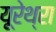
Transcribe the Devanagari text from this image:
यूरेथ्रा